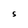
Character: S